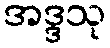
အဒ္ဒသု